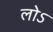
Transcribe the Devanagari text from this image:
लोऽ